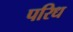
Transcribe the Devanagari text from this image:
परिध